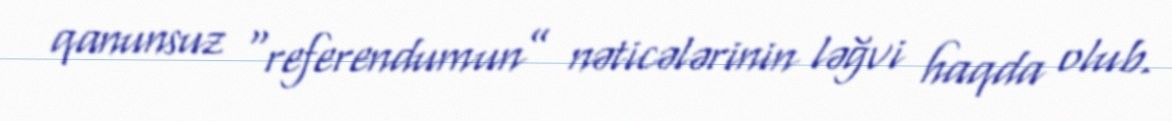
qanunsuz “referendumun” nəticələrinin ləğvi haqda olub.